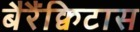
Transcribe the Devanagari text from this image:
बैरैंक्विटास